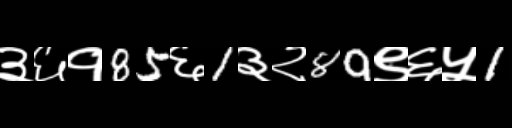
Text: ३६१85६1३२89९६५1